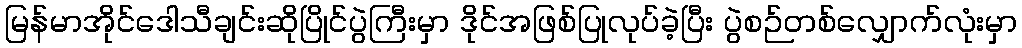
မြန်မာအိုင်ဒေါသီချင်းဆိုပြိုင်ပွဲကြီးမှာ ဒိုင်အဖြစ်ပြုလုပ်ခဲ့ပြီး ပွဲစဉ်တစ်လျှောက်လုံးမှာ